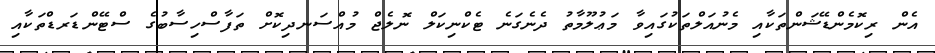
އެން ރިކޮމެންޑޭޝަންތަކާއި މެނުއަލްތަކުގައިވާ މަޢުލޫމާތު ދެނެގަނެ ޓެކްނިކަލް ނޮލެޖް މުއްސަނދިކޮށް ތަފާސްހިސާބުގެ ސްޓޭންޑަރޑްތަކާއި